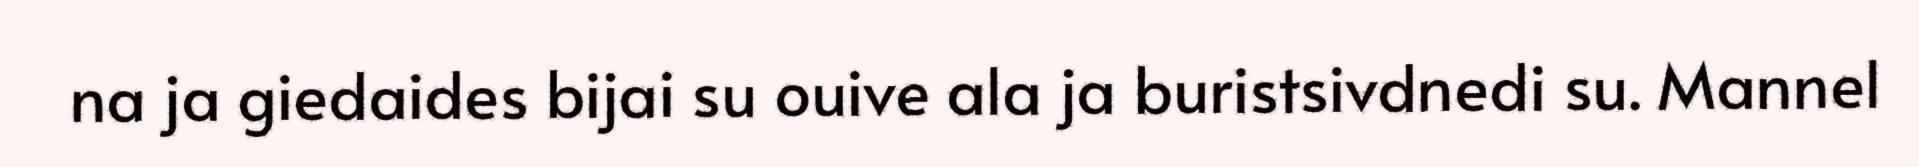
na ja giedaides bijai su ouive ala ja buristsivdnedi su. Mannel